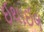
ઈથાઈલ